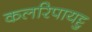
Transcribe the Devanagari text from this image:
कलरिपायट्टु